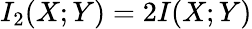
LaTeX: I_{2}(X;Y)=2I(X;Y)